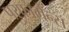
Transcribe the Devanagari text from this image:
परफ़ॉर्मैन्स